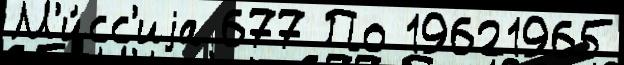
М'и́сс'иjа 677 По 19621965